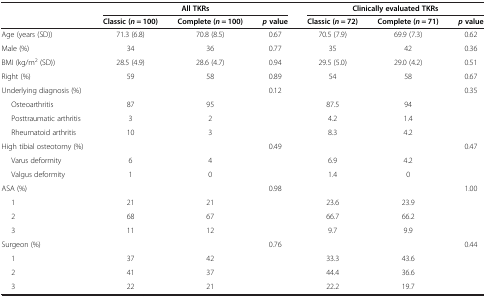
|  | <COLSPAN=3> All TKRs | <COLSPAN=3> Clinically evaluated TKRs |
 |  | Classic (n = 100) | Complete (n = 100) | p value | Classic (n = 72) | Complete (n = 71) | p value |
 | --- | --- | --- | --- | --- | --- | --- |
 | Age (years (SD)) | 71.3 (6.8) | 70.8 (8.5) | 0.67 | 70.5 (7.9) | 69.9 (7.3) | 0.62 |
 | Male (%) | 34 | 36 | 0.77 | 35 | 42 | 0.36 |
 | BMI (kg/m2 (SD)) | 28.5 (4.9) | 28.6 (4.7) | 0.94 | 29.5 (5.0) | 29.0 (4.2) | 0.51 |
 | Right (%) | 59 | 58 | 0.89 | 54 | 58 | 0.67 |
 | Underlying diagnosis (%) |  |  | 0.12 |  |  | 0.35 |
 | Osteoarthritis | 87 | 95 |  | 87.5 | 94 |  |
 | Posttraumatic arthritis | 3 | 2 |  | 4.2 | 1.4 |  |
 | Rheumatoid arthritis | 10 | 3 |  | 8.3 | 4.2 |  |
 | High tibial osteotomy (%) |  |  | 0.49 |  |  | 0.47 |
 | Varus deformity | 6 | 4 |  | 6.9 | 4.2 |  |
 | Valgus deformity | 1 | 0 |  | 1.4 | 0 |  |
 | ASA (%) |  |  | 0.98 |  |  | 1.00 |
 | 1 | 21 | 21 |  | 23.6 | 23.9 |  |
 | 2 | 68 | 67 |  | 66.7 | 66.2 |  |
 | 3 | 11 | 12 |  | 9.7 | 9.9 |  |
 | Surgeon (%) |  |  | 0.76 |  |  | 0.44 |
 | 1 | 37 | 42 |  | 33.3 | 43.6 |  |
 | 2 | 41 | 37 |  | 44.4 | 36.6 |  |
 | 3 | 22 | 21 |  | 22.2 | 19.7 |  |